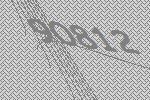
90812